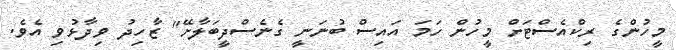
މީހުންގެ ރިކްއެސްޓަށް މީހުން ހަމަ އައިސް ބުނަނީ ގެނެސްދީބަލާށޭ" ޒާހިދު ވިދާޅުވި އެވެ.